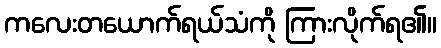
ကလေးတယောက်ရယ်သံကို ကြားလိုက်ရ၏။